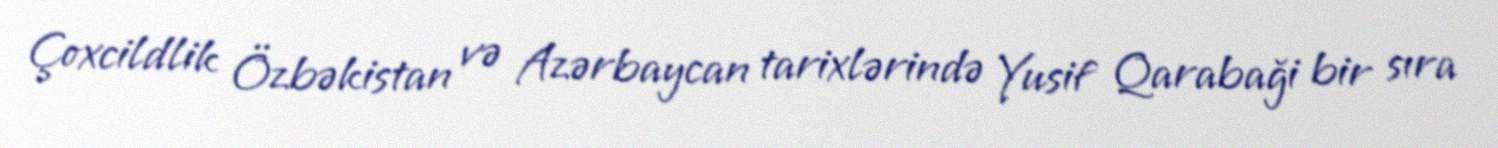
Çoxcildlik Özbəkistan və Azərbaycan tarixlərində Yusif Qarabaği bir sıra